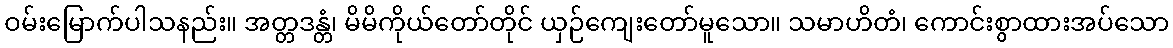
ဝမ်းမြောက်ပါသနည်း။ အတ္တဒန္တံ၊ မိမိကိုယ်တော်တိုင် ယှဉ်ကျေးတော်မူသော။ သမာဟိတံ၊ ကောင်းစွာထားအပ်သော